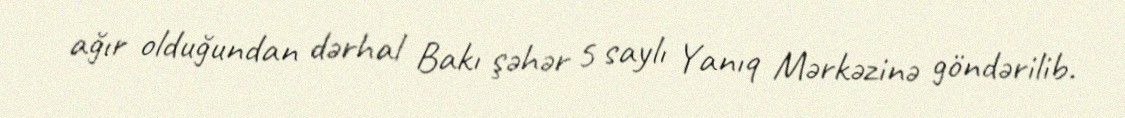
ağır olduğundan dərhal Bakı şəhər 5 saylı Yanıq Mərkəzinə göndərilib.